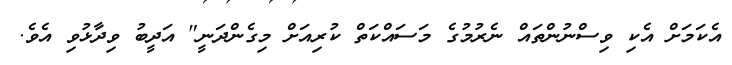
އެކަމަށް އެކި ވިސްނުންތައް ނެރުމުގެ މަސައްކަތް ކުރިއަށް މިގެންދަނީ" އަދީބު ވިދާޅުވި އެވެ.